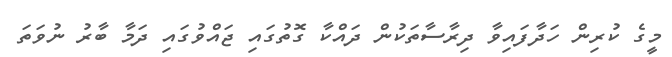
މީގެ ކުރިން ހަދާފައިވާ ދިރާސާތަކުން ދައްކާ ގޮތުގައި ޖައްވުގައި ދަމާ ބާރު ނުވަތަ